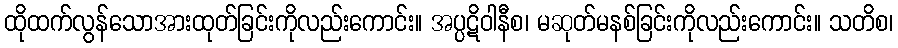
ထိုထက်လွန်သောအားထုတ်ခြင်းကိုလည်းကောင်း။ အပ္ပဋိဝါနီစ၊ မဆုတ်မနစ်ခြင်းကိုလည်းကောင်း။ သတိစ၊